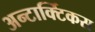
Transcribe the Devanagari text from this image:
अन्टार्क्टिकस